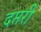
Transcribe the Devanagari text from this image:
दप्तरी